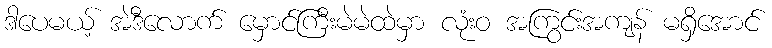
ဒါပေမယ့် အဲဒီလောက် မှောင်ကြီးမဲမဲထဲမှာ လုံးဝ အကြွင်းအကျန် မရှိအောင်